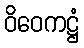
ဝိဝေကဋ္ဌံ